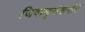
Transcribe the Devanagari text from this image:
जिवाणुसंसर्गाने